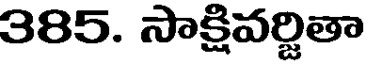
385. సాక్షివర్జితా